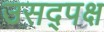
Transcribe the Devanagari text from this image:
उसद्पक्ष